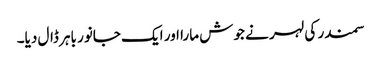
سمندر کی لہر نے جوش مارا اور ایک جانور باہر ڈال دیا۔